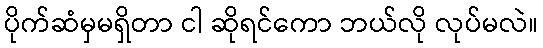
ပိုက်ဆံမှမရှိတာ ငါ ဆိုရင်ကော ဘယ်လို လုပ်မလဲ။